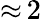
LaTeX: {\approx}\, 2